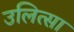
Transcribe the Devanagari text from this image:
उलित्सा